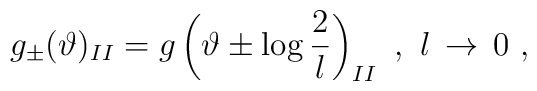
g_{\pm }(\vartheta )_{II}=g\left( \vartheta \pm \log \displaystyle\frac{2}{l}\right) _{II}\, \, ,\, \, l\, \rightarrow \, 0\, \, ,